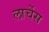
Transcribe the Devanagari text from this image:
लार्चेस